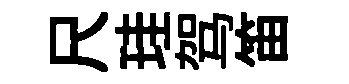
尺珪驾笛